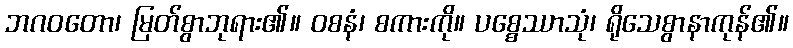
ဘဂဝတော၊ မြတ်စွာဘုရား၏။ ဝစနံ၊ စကားကို။ ပစ္စေဿာသုံ၊ ရိုသေစွာနာကုန်၏။